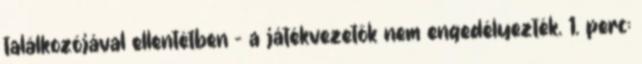
találkozójával ellentétben – a játékvezetők nem engedélyezték. 1. perc: